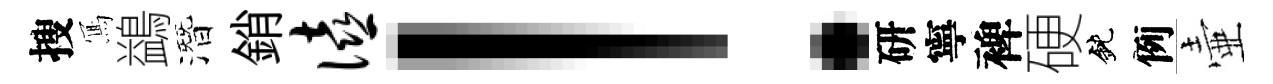
搜𭂁鷁潛銷僖！研寧裨硬鈍例壷